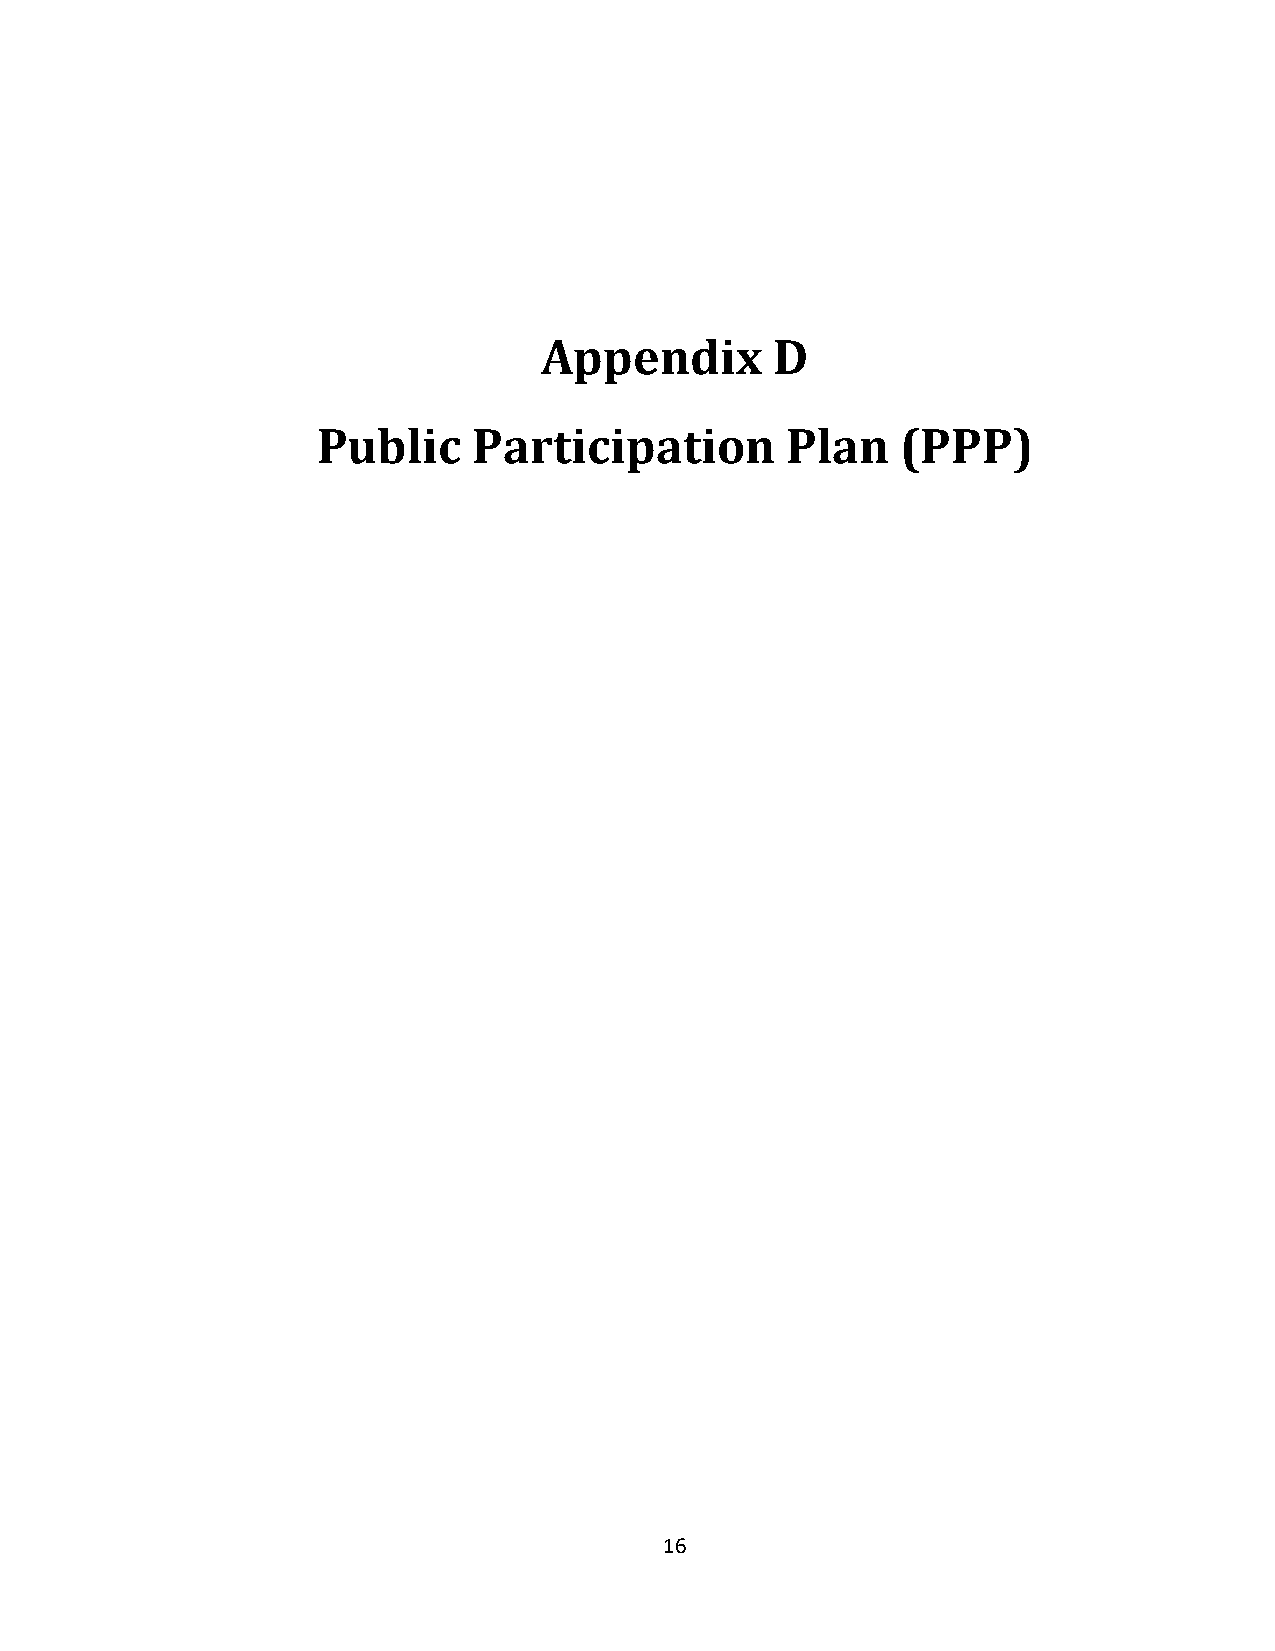
Appendix       D
 Public    Participation        Plan    (PPP)
 16